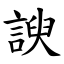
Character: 諛